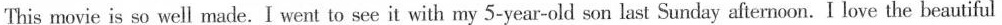
This movie is so well made.I went to see it with my 5-year-old son last Sunday afternoon.I love the beautiful